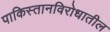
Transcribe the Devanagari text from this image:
पाकिस्तानविरोधातील